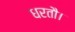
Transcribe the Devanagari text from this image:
धरतौ।